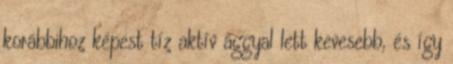
korábbihoz képest tíz aktív ággyal lett kevesebb, és így